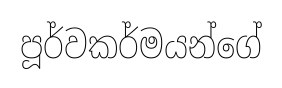
පූර්වකර්මයන්ගේ